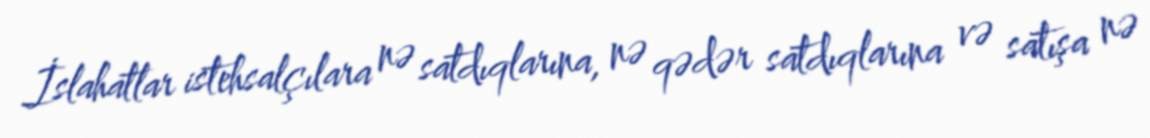
İslahatlar istehsalçılara nə satdıqlarına, nə qədər satdıqlarına və satışa nə